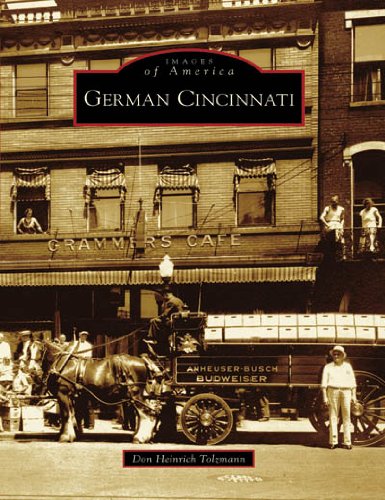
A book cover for German Cincinnati  (OH)  (Images of America); Don Heinrich Tolzmann; Travel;